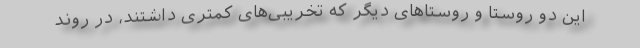
این دو روستا و روستاهای دیگر که تخریبی‌های کمتری داشتند، در روند